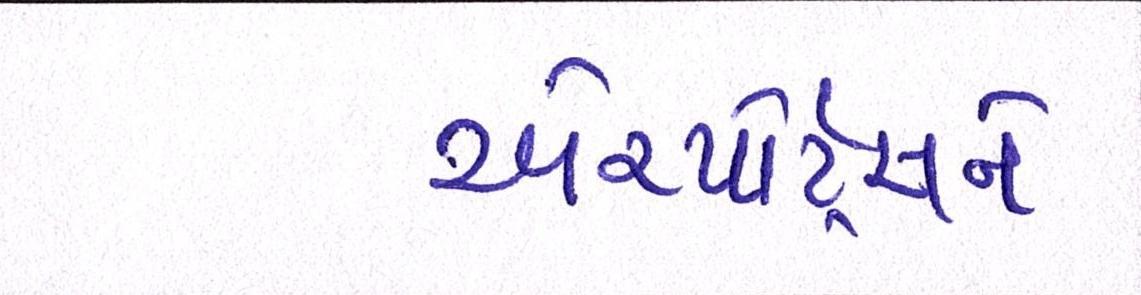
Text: એરપોર્ટ્સને